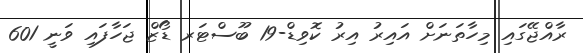
ރާއްޖޭގައި މިހާތަނަށް އައިރު އިރު ކޮވިޑް-19 ބޫސްޓަރ ޑޯޒް ޖަހާފައި ވަނީ 601